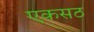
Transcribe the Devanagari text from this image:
एकसठ